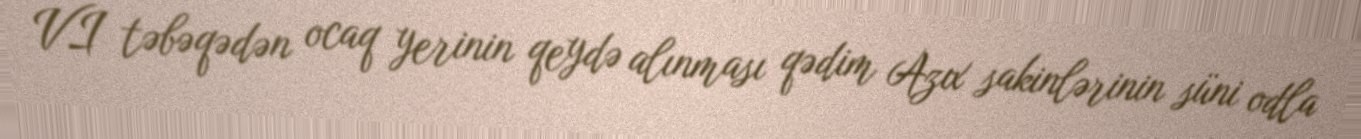
VI təbəqədən ocaq yerinin qeydə alınması qədim Azıx sakinlərinin süni odla